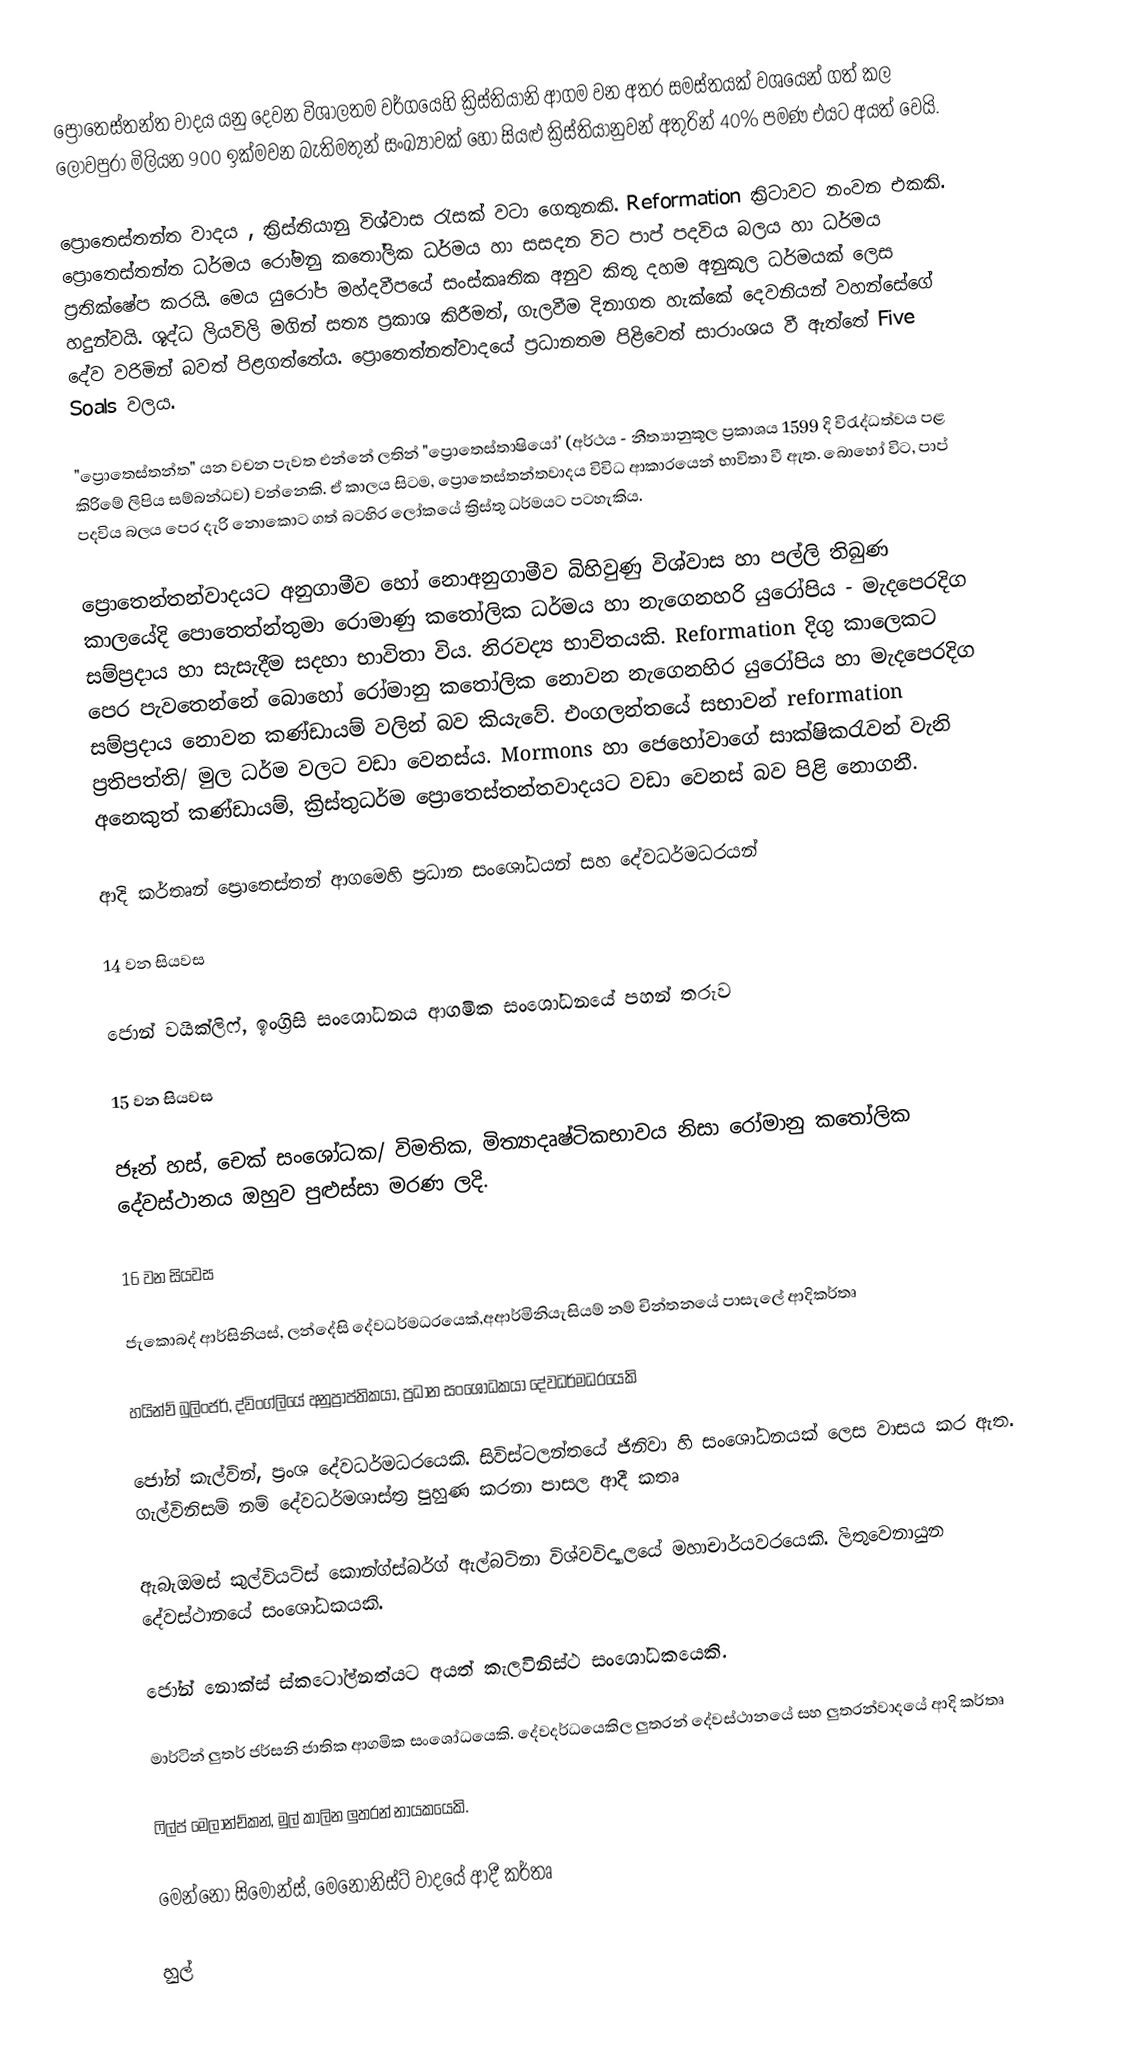
ප්‍රොතෙස්තන්ත වාදය යනු දෙවන විශාලතම වර්ගයෙහි ක්‍රිස්තියානි ආගම වන අතර සමස්තයක් වශයෙන් ගත් කල ලොවපුරා මිලියන  900 ඉක්මවන  බැතිමතුන් සංඛ්‍යාවක් හෝ සියළු ක්‍රිස්තියානුවන් අතුරින් 40% පමණ එයට අයත් වෙයි.

ප්‍රොතෙස්තන්ත වාදය , ක්‍රිස්තියානු විශ්වාස රැසක් වටා ගෙතුනකි. Reformation		 ක්‍රිටාවට නංවන එකකි. ප්‍රොතෙස්තන්ත ධර්මය රෝමනු කතෝලික ධර්මය හා සසදන විට පාප් පදවිය බලය හා ධර්මය ප්‍රතික්ෂේප කරයි. මෙය යුරෝප මහ්දවීපයේ සංස්කෘතික අනුව කිතු දහම අනුකූල ධර්මයක් ලෙස හදුන්වයි. ශූද්ධ ලියවිලි මගින් සත්‍ය ප්‍රකාශ කිරීමත්, ගැලවීම දිනාගත හැක්කේ දෙවනියන් වහන්සේගේ දේව වරිමින් බවත් පිළගත්තේය. ප්‍රොතෙත්නත්වාදයේ ප්‍රධානතම පිළිවෙත් සාරාංශය වී ඇත්තේ Five Soals වලය.

"ප්‍රොතෙස්තන්ත" යන වචන පැවත එන්නේ ලතින් "ප්‍රොතෙස්තාෂියෝ' (අර්ථය - නීත්‍යානුකූල ප්‍රකාශය 1599 දි විරැද්ධත්වය පළ කිරිමේ ලිපිය සම්බන්ධව) වන්නෙකි. ඒ කාලය සිටම, ප්‍රොතෙස්තන්තවාදය විවිධ ආකාරයෙන් භාවිතා වී ඇත. බොහෝ විට, පාප් පදවිය බලය පෙර දැරි නොකොට ගත් බටහිර ලෝකයේ ක්‍රිස්තු ධර්මයට පටහැකිය.

	ප්‍රොතෙන්තන්වාදයට අනුගාමීව හෝ නොඅනුගාමීව බිහිවුණු විශ්වාස හා පල්ලි තිබුණ කාලයේදි පොතෙත්න්තුමා රොමාණු කතෝලික ධර්මය හා නැගෙනහරි යුරෝපිය - මැදපෙරදිග සම්ප්‍රදාය හා සැසැදීම  සදහා භාවිතා විය. නිරවද්‍ය භාවිතයකි. Reformation දිගු කාලෙකට පෙර පැවතෙන්නේ බොහෝ රෝමානු කතෝලික නොවන නැගෙනහිර යුරෝපිය හා මැදපෙරදිග සම්ප්‍රදාය නොවන කණ්ඩායම් වලින් බව කියැවේ. එංගලන්තයේ සභාවන් reformation ප්‍රතිපත්ති/ මුල ධර්ම වලට වඩා වෙනස්ය. Mormons හා ජෙහෝවාගේ සාක්ෂිකරැවන් වැනි අනෙකුත් කණ්ඩායම්, ක්‍රිස්තුධර්ම ප්‍රොතෙස්තන්තවාදයට වඩා වෙනස් බව පිළි නොගනී.

ආදි කර්තෘන් ප්‍රොතෙස්තන් ආගමෙහි ප්‍රධාන සංශෝධයන් සහ දේවධර්මධරයන්

14 වන සියවස

ජොන් වයික්ලිෆ්, ඉංග්‍රිසි සංශෝධනය ආගමික සංශෝධනයේ පහන් තරුව

15 වන සියවස

ජෑන් හස්, චෙක් සංශෝධක/ විමතික, මිත්‍යාදෘෂ්ටිකභාවය නිසා රෝමානු කතෝලික දේවස්ථානය ඔහුව පුළුස්සා මරණ ලදි.

16 වන සියවස

ජැකොබද් ආර්සිනියස්, ලන්දේසි දේවධර්මධරයෙක්,අආර්මිනියැසියම් නම් චින්තනයේ පාසැලේ ආදිකර්තෘ

හයින්ච් බුලිංජර්, ද්විංග්ලියේ අනුප්‍රාප්තිකයා, ප්‍රධාන සංශෝධකයා දේවධර්මධරයෙකි

ජෝන් කැල්වින්, ප්‍රංශ දේවධර්මධරයෙකි. සිවිස්ටලන්තයේ ජිනිවා හි සංශෝධනයක් ලෙස වාසය කර ඇත. ගැල්විනිසම් නම් දේවධර්මශාස්ත්‍ර පුහුණ කරනා පාසල ආදී කතෘ

ඇබැඔමස් කුල්වියටිස් කොන්ග්ස්බර්ග් ඇල්බටිනා විශ්වවිද්‍යාල‍යේ මහාචාර්යවරයෙකි. ලිතුවෙනායුන දේවස්ථාන‍යේ සංශෝධකයකි.

ජෝන් නොක්ස් ස්කටෝල්නත්යට අයත් කැලවිනිස්ථ සංශෝධකයෙකි.

මාර්ටින් ලුතර් ජර්සනි ජාතික ආගමික සංශෝධයෙකි. දේවදර්ධයෙකිල ලුතරන් දේවස්ථානයේ සහ ලුතරන්වාදයේ ආදි කර්තෘ

ෆිල්ප් මෙලාන්ච්කන්, මුල් කාලින ලුතරන් නායකයෙකි.

මෙන්නෝ සිමෝන්ස්, මෙනොනිස්ට් වාදයේ ආදී කර්තෘ

හුල්